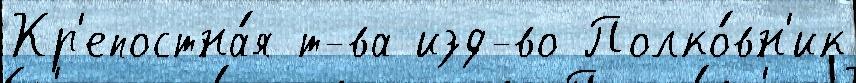
Кр'епостна́я т-ва изд-во Полко́вн'ик